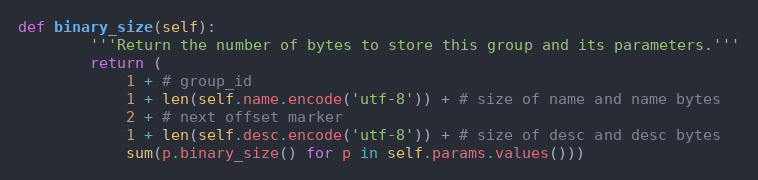
Language: Python
def binary_size(self):
        '''Return the number of bytes to store this group and its parameters.'''
        return (
            1 + # group_id
            1 + len(self.name.encode('utf-8')) + # size of name and name bytes
            2 + # next offset marker
            1 + len(self.desc.encode('utf-8')) + # size of desc and desc bytes
            sum(p.binary_size() for p in self.params.values()))